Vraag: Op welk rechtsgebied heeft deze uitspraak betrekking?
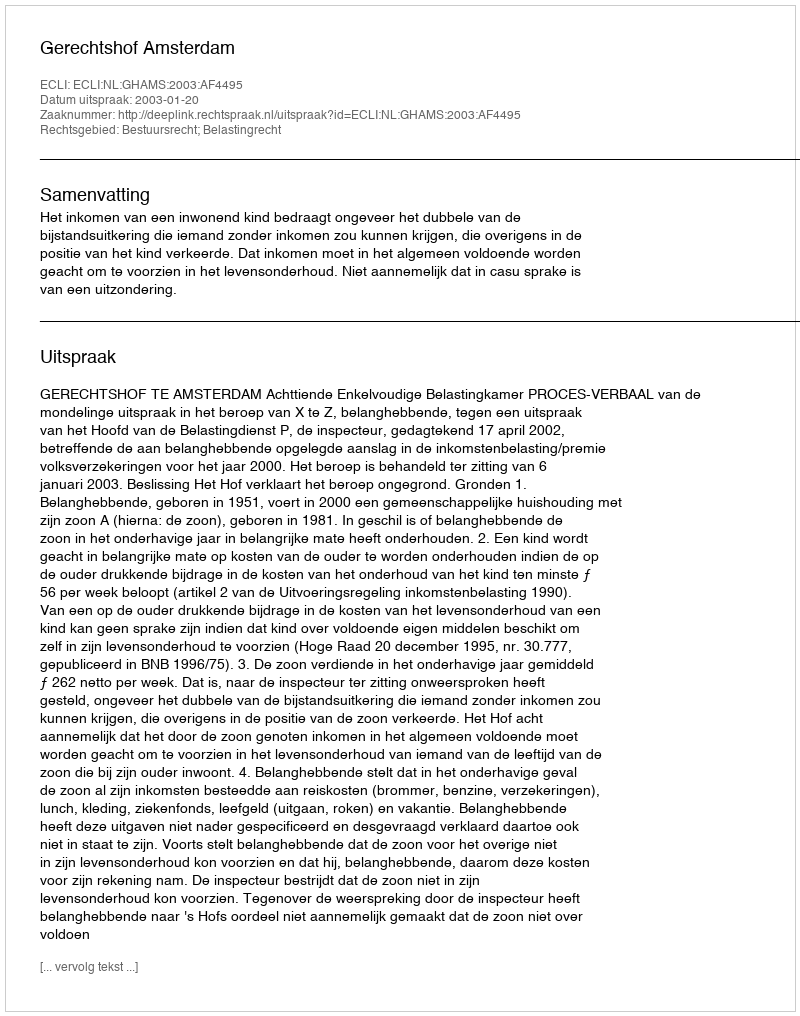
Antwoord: Bestuursrecht; Belastingrecht